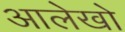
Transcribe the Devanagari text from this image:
आलेखो